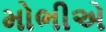
મોભીએ